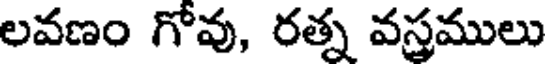
లవణం గోవు, రత్న వస్త్రములు